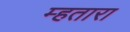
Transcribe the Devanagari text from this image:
म्हतारा